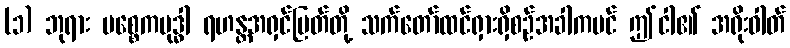
(၁) ဘုရား ပစ္စေကဗုဒ္ဓါ ရဟန္တအရှင်မြတ်တို့ သက်တော်ထင်ရှားရှိစဉ်အခါကပင် ဤငါ၏ အရိုးဓါတ်